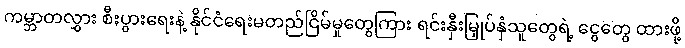
ကမ္ဘာတလွှား စီးပွားရေးနဲ့ နိုင်ငံရေးမတည်ငြိမ်မှုတွေကြား ရင်းနှီးမြှုပ်နှံသူတွေရဲ့ ငွေတွေ ထားဖို့